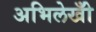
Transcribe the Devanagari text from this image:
अभिलेखोँ